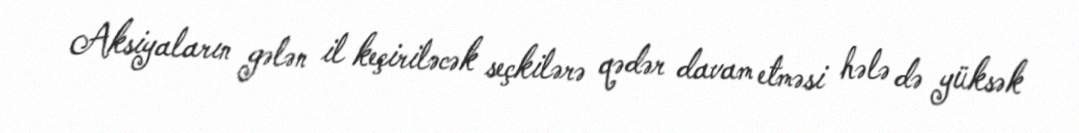
Aksiyaların gələn il keçiriləcək seçkilərə qədər davam etməsi hələ də yüksək